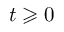
t \geqslant 0